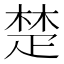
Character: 楚